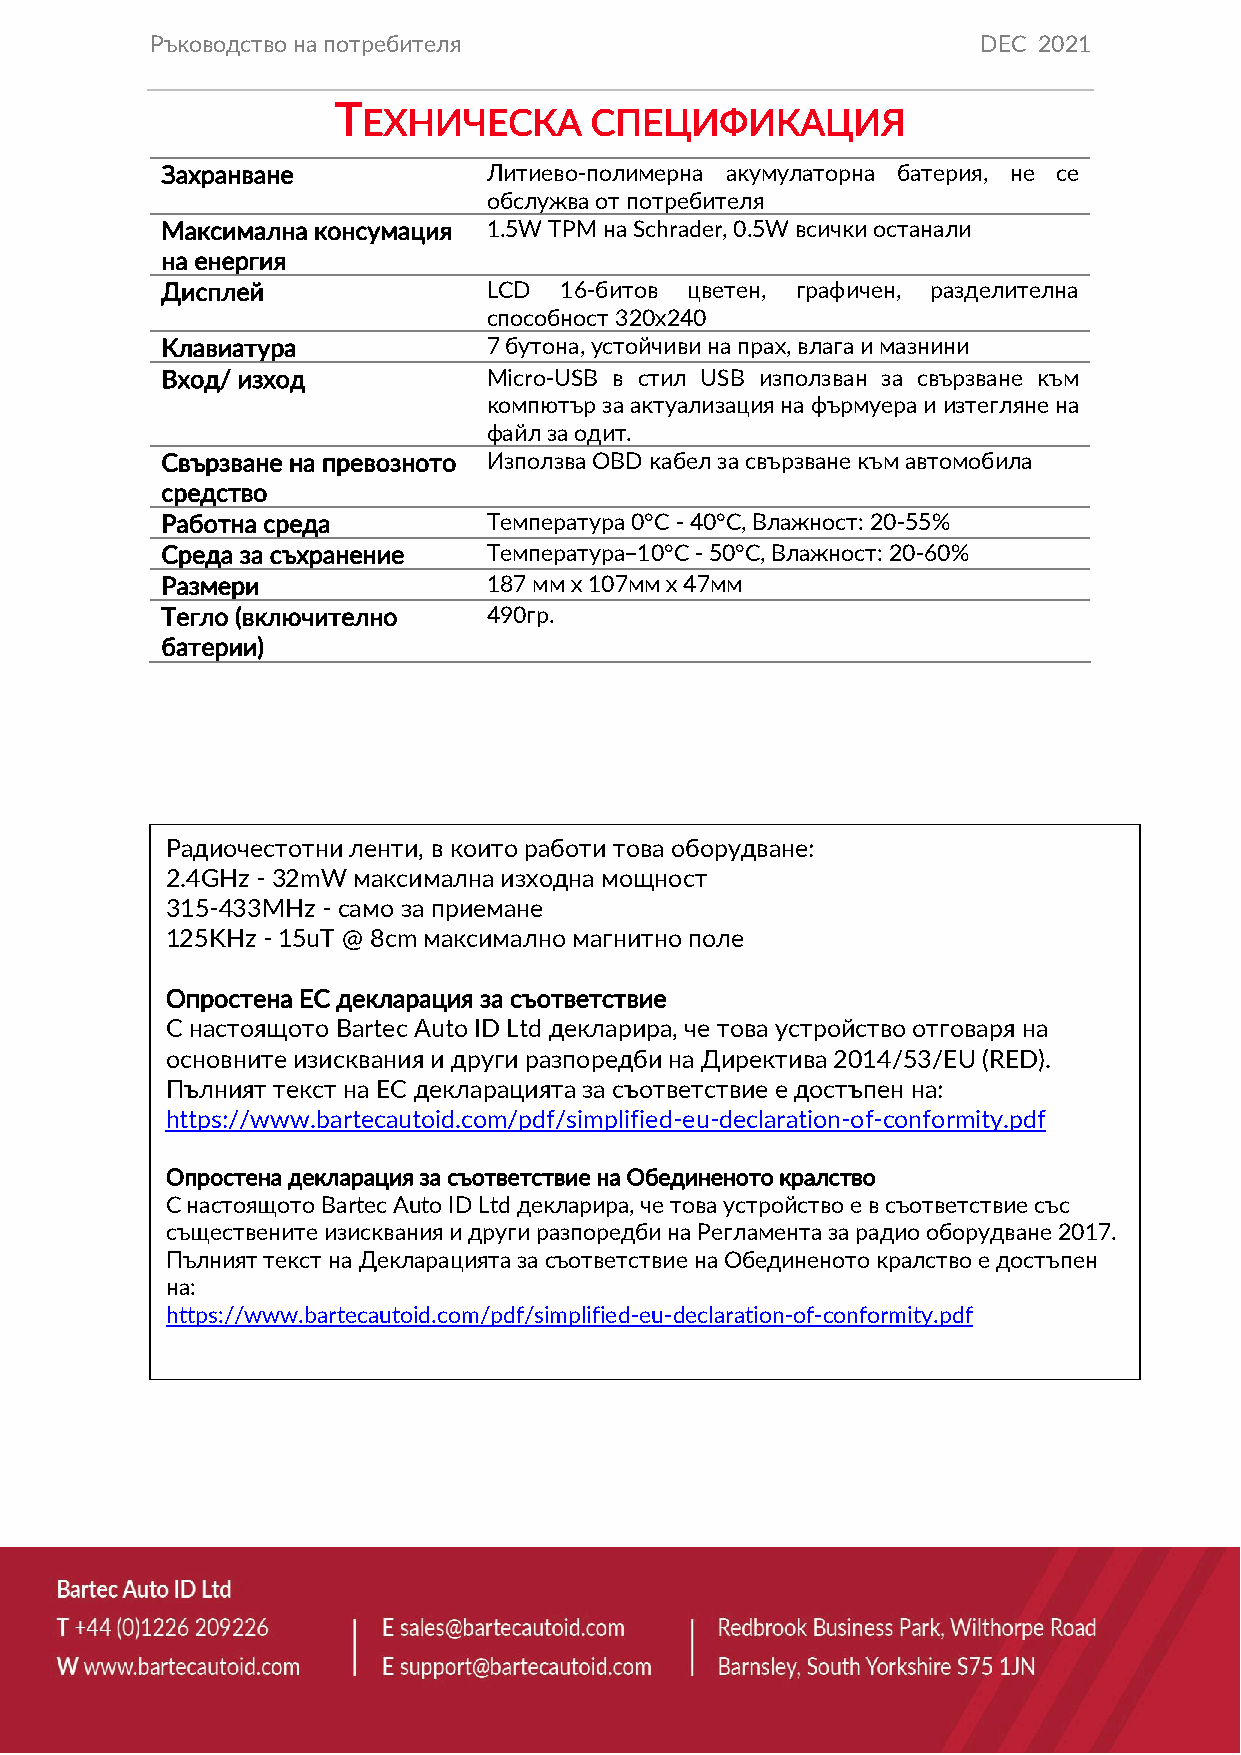
Ръководство на потребителя                             DEC 2021
 Т
 ЕХНИЧЕСКА      СПЕЦИФИКАЦИЯ
 Захранване           Литиево-полимерна акумулаторна батерия, не се
 обслужва от потребителя
 Максимална консумация 1.5W TPM на Schrader, 0.5W всички останали
 на енергия
 Дисплей              LCD  16-битов цветен, графичен, разделителна
 способност 320x240
 Клавиатура           7 бутона, устойчиви на прах, влага и мазнини
 Вход/ изход          Micro-USB в стил USB използван за свързване към
 компютър за актуализация на фърмуера и изтегляне на
 файл за одит.
 Свързване на превозното Използва OBD кабел за свързване към автомобила
 средство
 Работна среда        Температура 0°C - 40°C, Влажност: 20-55%
 Среда за съхранение  Температура ̶10°C - 50°C, Влажност: 20-60%
 Размери              187 мм x 107мм x 47мм
 Тегло (включително   490гр.
 батерии)
 Радиочестотни ленти, в които работи това оборудване:
 2.4GHz - 32mW максимална изходна мощност
 315-433MHz - само за приемане
 125KHz - 15uT @ 8cm максимално магнитно поле
 Опростена ЕС декларация за съответствие
 С настоящото Bartec Auto ID Ltd декларира, че това устройство отговаря на
 основните изисквания и други разпоредби на Директива 2014/53/EU (RED).
 Пълният текст на ЕС декларацията за съответствие е достъпен на:
 https://www.bartecautoid.com/pdf/simplified-eu-declaration-of-conformity.pdf
 Опростена декларация за съответствие на Обединеното кралство
 С настоящото Bartec Auto ID Ltd декларира, че това устройство е в съответствие със
 съществените изисквания и други разпоредби на Регламента за радио оборудване 2017.
 Пълният текст на Декларацията за съответствие на Обединеното кралство е достъпен
 на:
 https://www.bartecautoid.com/pdf/simplified-eu-declaration-of-conformity.pdf
 33 | Вид еок лип ове